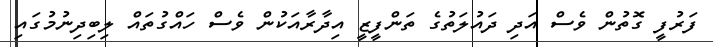
ފަރުފީ ގޮތުން ވެސް އަދި ދައުލަތުގެ ތަންފީޒީ އިދާރާއަކުން ވެސް ހައްގުތައް ލިބިދިނުމުގައި